Plague in India, 1896, 1897 - Volume 3
Year: 1896
Disease focus: Plague
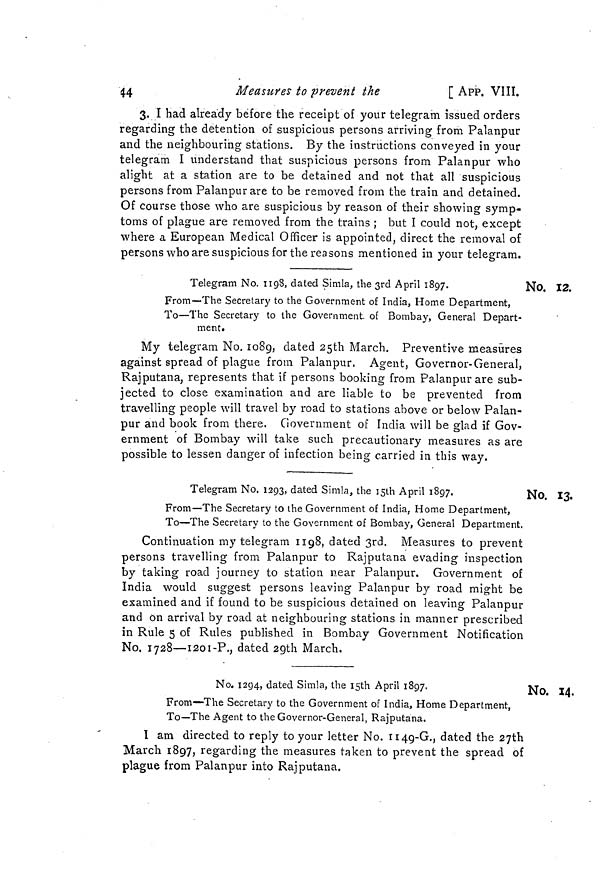
44
Measures to prevent the
[ APP. VIII.
3. I had already before the receipt of your telegram issued orders
regarding the detention of suspicious persons arriving from Palanpur
and the neighbouring stations. By the instructions conveyed in your
telegram I understand that suspicious persons from Palanpur who
alight at a station are to be detained and not that all suspicious
persons from Palanpur are to be removed from the train and detained.
Of course those who are suspicious by reason of their showing symp-
toms of plague are removed from the trains ; but I could not, except
where a European Medical Officer is appointed, direct the removal of
persons who are suspicious for the rea sons mentioned in your telegram.
No. 12.
Telegram No. 1198, dated Simla, the 3rd April 1897.
From—The Secretary to the Government of India, Home Department,
To—The Secretary to the Government, of Bombay, General Depart
ment.
My telegram No. 1089, dated 25th March, Preventive measure;
against spread of plague from Palanpur. Agent, Governor-General
Rajputana, represents that if persons booking from Palanpur are sub
jected to close examination and are liable to be prevented fron
travelling people will travel by road to stations above or below Palan
pur and book from there. Government of India will be glad if Gov
ernment of Bombay will take such precautionary measures as an
possible to lessen danger of infection being carried in this way.
No. 13.
Telegram No. 1293, dated Simla, the 15th April 1897.
From—The Secretary to the Government of India, Home Department,
To—The Secretary to the Government of Bombay, General Department.
Continuation my telegram 1198, dated 3rd. Measures to prevent
persons travelling from Palanpur to Rajputana evading inspection
by taking road journey to station near Palanpur. Government of
India would suggest persons leaving Palanpur by road might be
examined and if found to be suspicious detained on leaving Palanpur
and on arrival by road at neighbouring stations in manner prescribed
in Rule 5 of Rules published in Bombay Government Notification
No. 1728—I201-P., dated 29th March.
No. 14.
No. 1294, dated Simla, the I5th April 1897.
From—The Secretary to the Government of India, Home Department,
To—The Agent to the Governor-General, Rajputana.
I am directed to reply to your letter No. 1149-G., dated the 27th
March 1897, regarding the measures taken to prevent the spread of
plague from Palanpur into Rajputana.